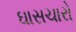
ઘાસચારો